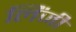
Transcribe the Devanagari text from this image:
लिंजी